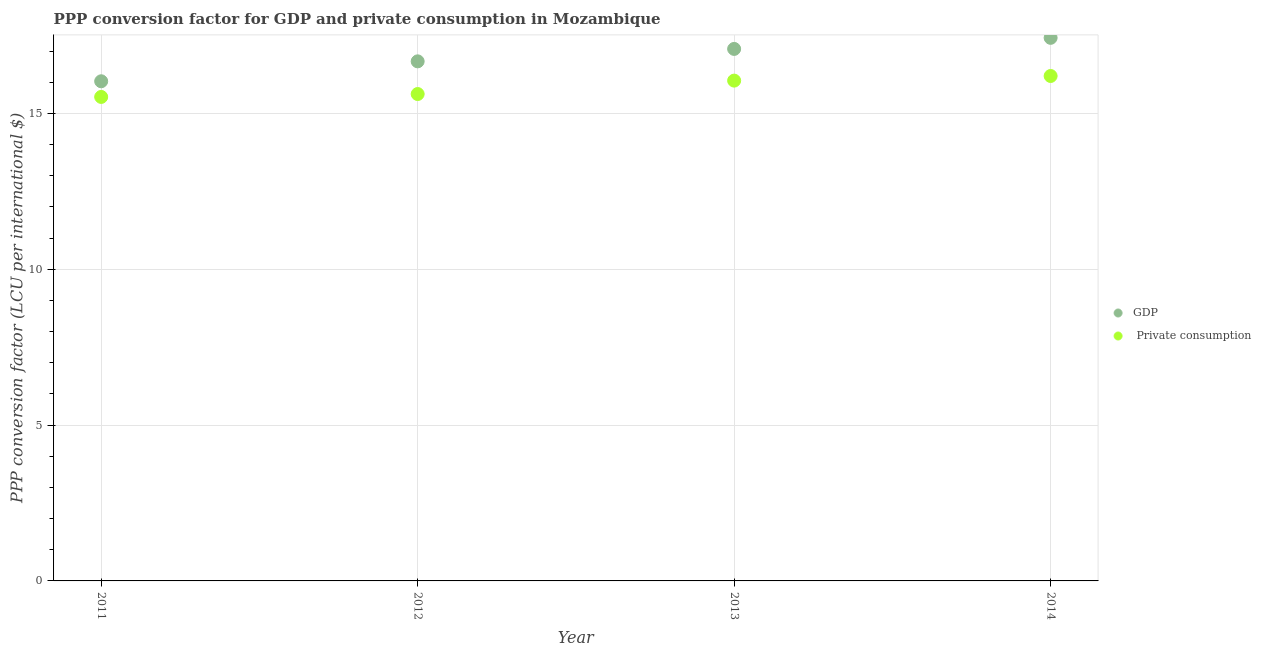
| Year | GDP |  Private consumption |
 | --- | --- | --- |
 | 2011 | 16 | 15.5 |
 | 2012 | 16.7 | 15.6 |
 | 2013 | 17.1 | 16.1 |
 | 2014 | 17.4 | 16.2 |